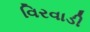
વિરવાડી